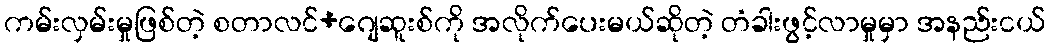
ကမ်းလှမ်းမှုဖြစ်တဲ့ စတာလင်+ဂျေဆူးစ်ကို အလိုက်ပေးမယ်ဆိုတဲ့ တံခါးဖွင့်လာမှုမှာ အနည်းငယ်